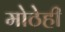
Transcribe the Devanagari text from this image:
मोठेही